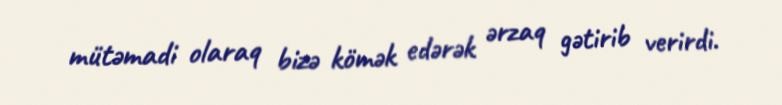
mütəmadi olaraq bizə kömək edərək ərzaq gətirib verirdi.